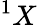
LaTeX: ^1X